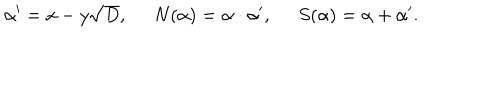
\alpha ^ { \prime } = x - y \sqrt { D } , \; \; N ( \alpha ) = \alpha \cdot \alpha ^ { \prime } , \; \; S ( \alpha ) = \alpha + \alpha ^ { \prime } .